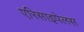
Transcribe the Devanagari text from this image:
एरिसाइपेलस